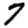
Digit: 7